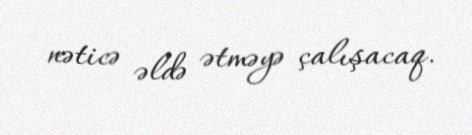
nəticə əldə ətməyə çalışacaq.